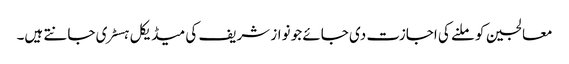
معالجین کو ملنے کی اجازت دی جائے جو نواز شریف کی میڈیکل ہسٹری جانتے ہیں۔